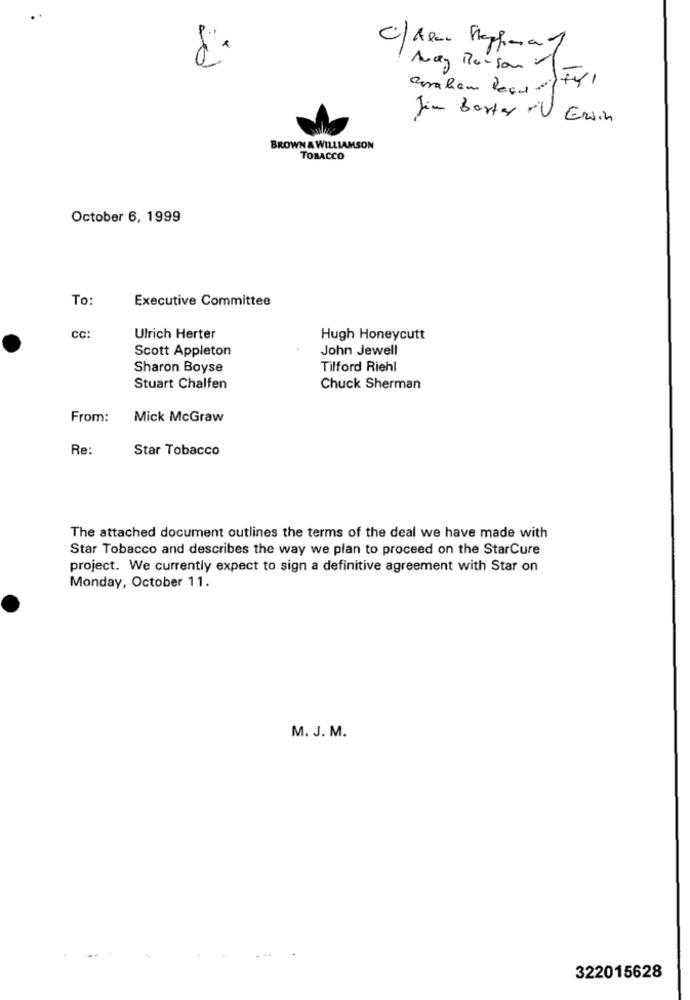
C/Alex Graphma 1
Avay Maison -
Jim Barter . Erwin
BROWN& WILLIAMSON
TOBACCO
October 6, 1999
To
Executive Committee
CC:
Ulrich Herter
Hugh Honeycutt
Scott Appleton
John Jewell
Sharon Boyse
Tilford Riehl
Stuart Chalfen
Chuck Sherman
From:
Mick McGraw
Re:
Star Tobacco
The attached document outlines the terms of the deal we have made with
Star Tobacco and describes the way we plan to proceed on the StarCure
project. We currently expect to sign a definitive agreement with Star on
Monday, October 11.
M. J. M.
322015628